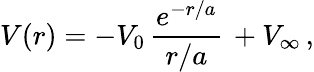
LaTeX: V(r)=-V_{0}\, \frac{e^{-r/a}}{r/a}\, +V_{\infty}\, ,